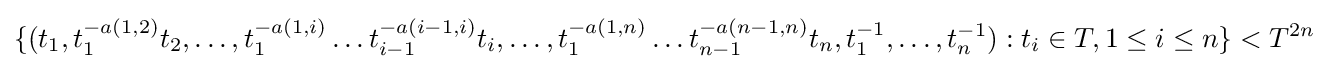
\{(t_{1},t_{1}^{-a(1,2)}t_{2},\dots ,t_{1}^{-a(1,i)}\dots t_{i-1}^{-a(i-1,i)}t_{i},\dots ,t_{1}^{-a(1,n)}\dots t_{n-1}^{-a(n-1,n)}t_{n},t_{1}^{-1},\dots ,t_{n}^{-1}):t_{i}\in T,1\leq i\leq n\}<T^{2n}